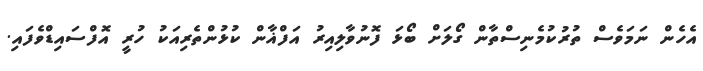
އެހެން ނަމަވެސް ތުރުކުމެނިސްތާން ގޯލަށް ބޯޅަ ފޮނުވާލިއިރު އަފްޣާން ކުޅުންތެރިއަކު ހުރީ އޮފްސައިޑްވެފައި.